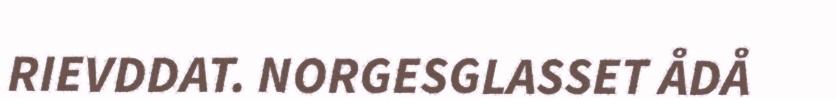
RIEVDDAT. NORGESGLASSET ÅDÅ